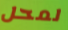
لمحل